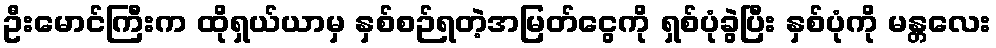
ဦးမောင်ကြီးက ထိုရှယ်ယာမှ နှစ်စဉ်ရတဲ့အမြတ်ငွေကို ရှစ်ပုံခွဲပြီး နှစ်ပုံကို မန္တလေး